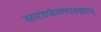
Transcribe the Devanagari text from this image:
सएउर्फत्लएरुइएत्